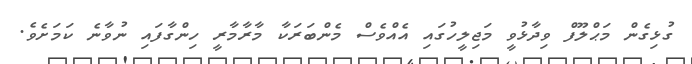
ގުޅިގެން މަޙްލޫފް ވިދާޅުވީ މަޖިލީހުގައި އެއްވެސް މެންބަރަކާ މާރާމާރީ ހިންގާފައި ނުވާނެ ކަމަށެވެ.